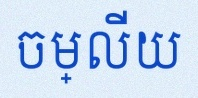
ចម្លើយ